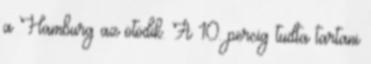
a Hamburg az ötödik. A 10. percig tudta tartani